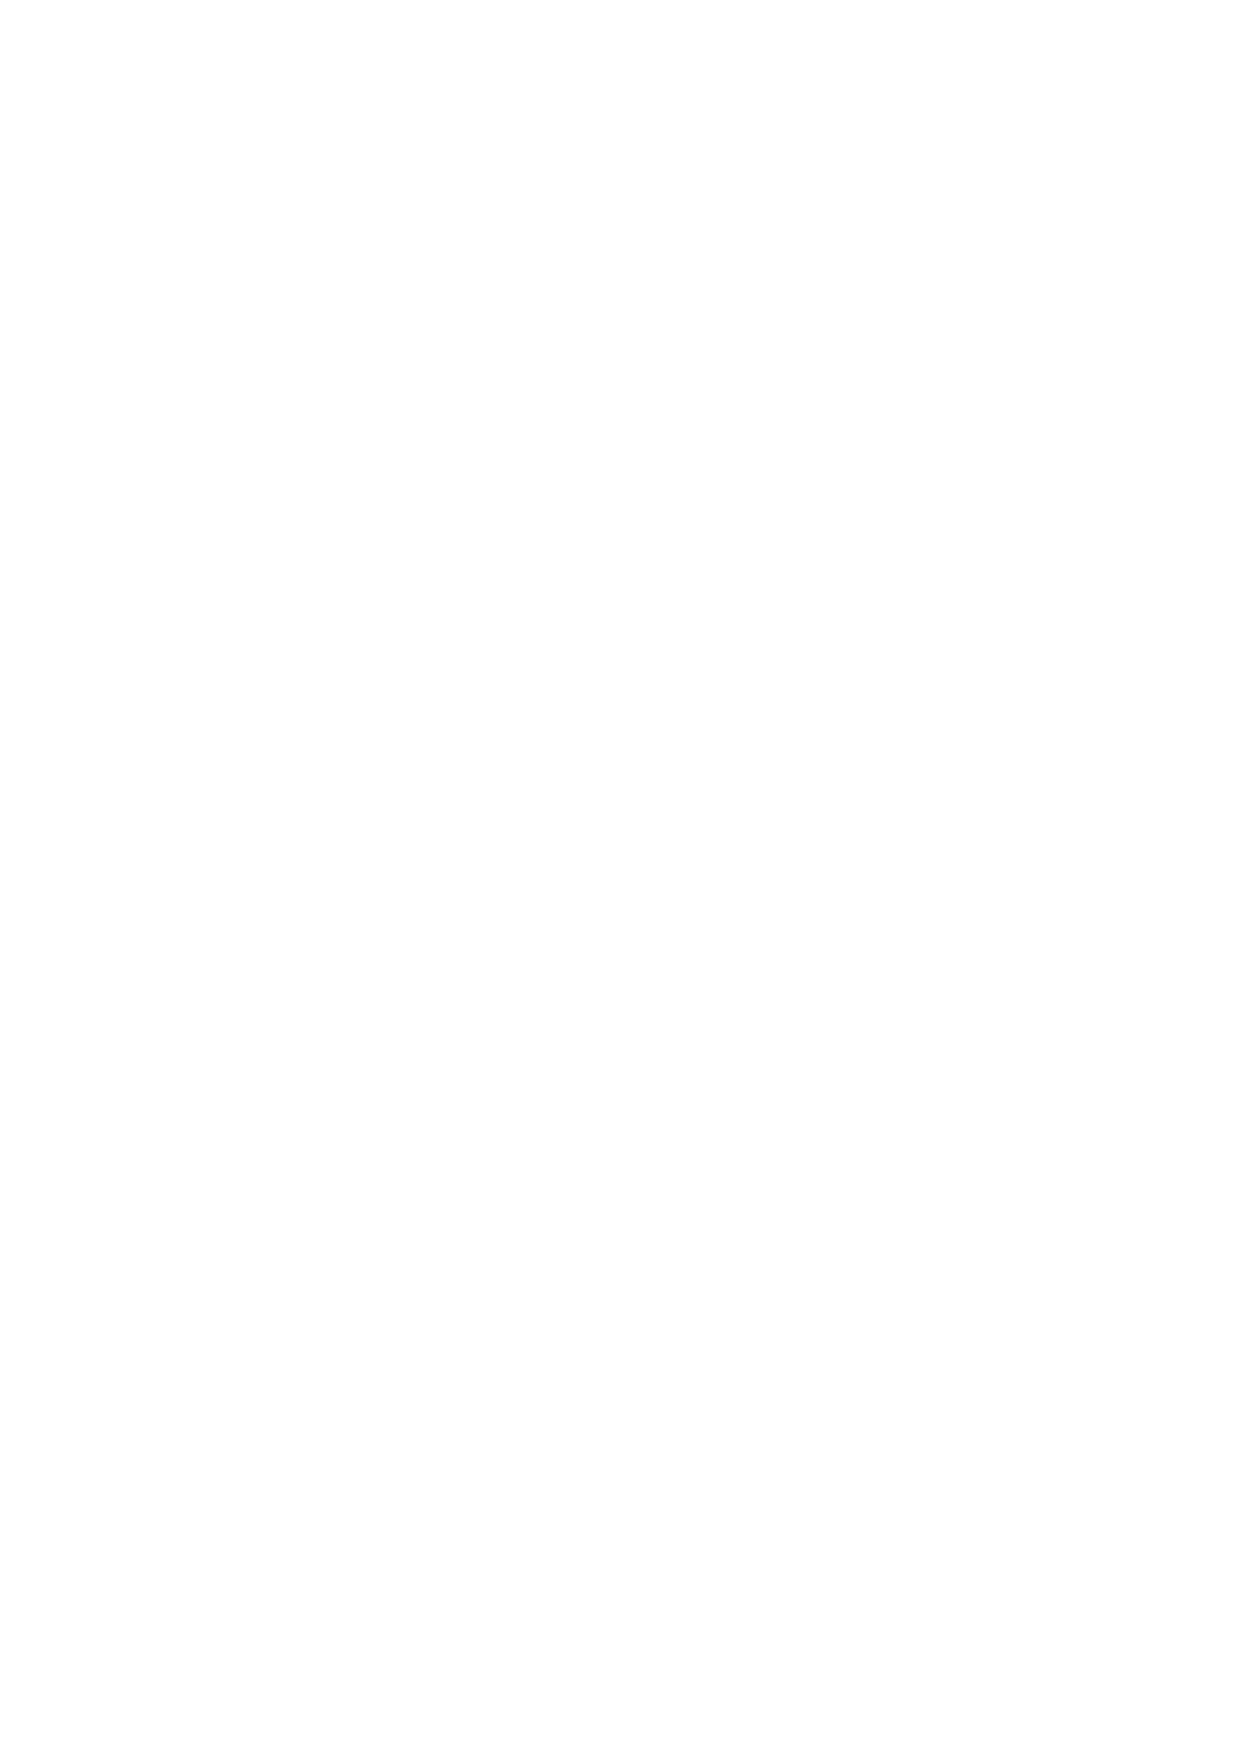
trace you despite having taken reasonable steps to do so, you agree that we may cease to treat your
 money as client money, we shall make and retain records of all balances released and undertake to make
 good any future valid claims against released balances.
 18.5 You may not assign any part of your profits or losses to a third party. A third party may not place any
 funds in your account or withdraw funds from your account. All withdrawals from your account balance
 must be payable directly to you (by means of a cheque SWIFT or debit/credit card payments).
 18.6 Due to fraud prevention measures and in accordance with money laundering regulations PandaStocks
 LTD will only refund monies back to where they came from. Where monies have been deposited by card
 the funds will be returned to that card where possible and where not possible PandaStocks may require
 sight of original bank statements showing original fund transfer to PandaStocks before refunding to the
 said bank account.
 18.7 Where monies have been deposited by bank transfer PandaStocks LTD may require sight of the original
 bank statement showing the deposit of the transfer before any refund is made.
 18.8 Where bank accounts have been closed PandaStocks LTD may require a leer from the originating bank
 stating that the account has been closed and there are no funds owing to the bank. Before PandaStocks
 will refund to a new bank account we may require sight of the original deposit transfer statement from
 the closed account and sight of an original new bank account statement.
 18.9 In reference to this Clause, if ICM's records show a discrepancy between card details and CM's account
 details as supplied by you, PandaStocks may require sight of original bank statements, or any other
 relevant evidence, to confirm your new status before processing a refund.
 18.10 PandaStocks may transfer client money to a third party as part of transferring all or part of its business
 if, in respect of each client with an interest in the client money that is sought to be transferred, it obtains
 the consent or instruction of that client at the me of the transfer of business.
 19. Force Majeure
 19.1 Force Majeure events are exceptional, unusual, or emergency market conditions which may prevent
 PandaStocks from performing any or all of its obligations hereunder. They include, without limitation:
  markets that, in ICM's reasonable assessment, are in an emergency or exceptional
 state;
  the suspension or closure of any market upon which we base our quotes, or the
 imposition of limits or special or unusual terms on the trading in any such market;
  the occurrence of any speculative movements which in our reasonable assessment
 distort the level of prices in any market quoted by us;
  compliance with any law or government order rule regulation or direction;
 20
 v.1